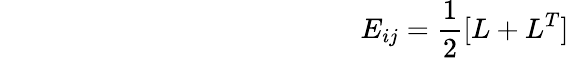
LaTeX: ~~~~~~~~~~~~~~~~~~~~~~~~~~~~~~~~~~~~~~~~~~~~~~~~~~~E_{ij}=\frac{1}{2}[L+L^{T}]